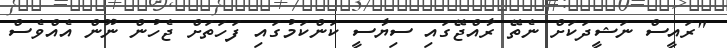
"ރައީސް ނަޝީދަކަށް ނެތޭ ރާއްޖޭގައި ސިޔާސީ ކަންކަމުގައި ފަހަތަށް ޖެހުން ނޫން އެއްވެސް